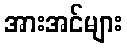
အားအင်များ